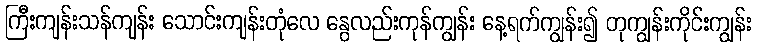
ကြီးကျန်းသန်ကျန်း သောင်းကျန်းတုံလေ နွေလည်းကုန်ကျွန်း နေ့ရက်ကျွန်း၍ တုကျွန်းကိုင်းကျွန်း